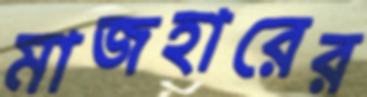
মাজহারের